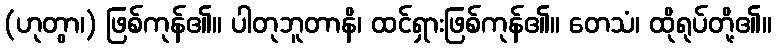
(ဟုတွာ၊) ဖြစ်ကုန်၏။ ပါတုဘူတာနိ၊ ထင်ရှားဖြစ်ကုန်၏။ တေသံ၊ ထိုရုပ်တို့၏။